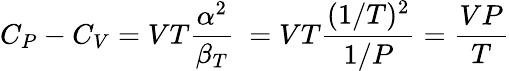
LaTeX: C_{P}-C_{V}=VT{\frac{\alpha^{2}}{\beta_{T}}}\ =VT{\frac{(1/T)^{2}}{1/P}}={\frac{VP}{T}}